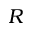
R